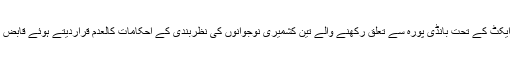
مقبوضہ کشمیر میں ہائی کورٹ نے کالے قانون پبلک سیفٹی ایکٹ کے تحت بانڈی پورہ سے تعلق رکھنے والے تین کشمیری نوجوانوں کی نظربندی کے احکامات کالعدم قراردیتے ہوئے قابض انتظامیہ کو انہیں فوری طورپر رہا کرنے کی ہدایت کی ہے۔